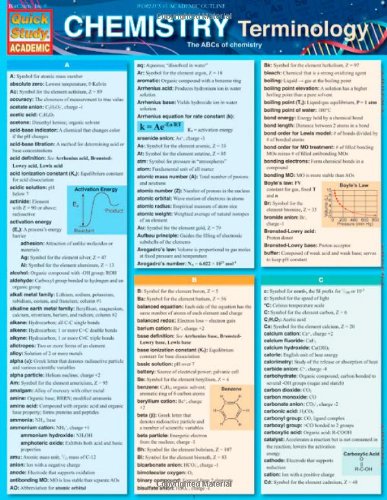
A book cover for Chemistry Terminology (Quick Study: Academic); Inc. BarCharts; Science & Math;